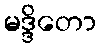
မဒ္ဒိတော